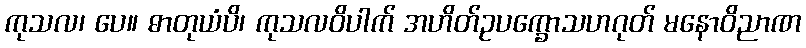
ကုသလ၊ ပေ။ ဓာတုယံပိ၊ ကုသလဝိပါက် အဟိတ်ဥပက္ခောသဟဂုတ် မနောဝိညာဏ